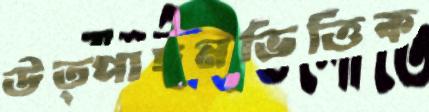
উত্পাদনভিত্তিক